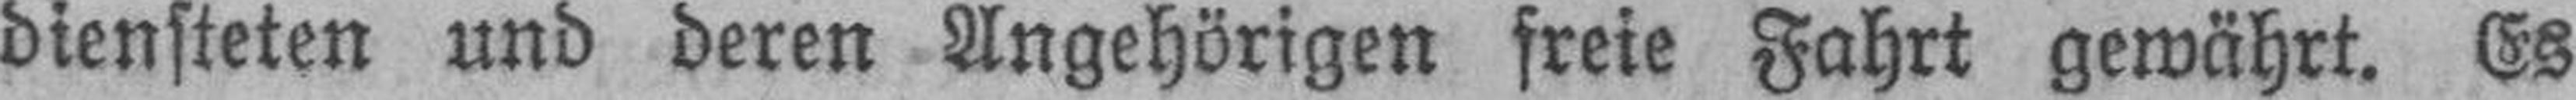
diensteten und deren Angehörigen freie Fahrt gewährt. Es